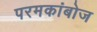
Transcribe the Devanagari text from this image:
परमकांबोज